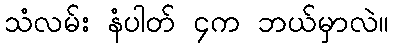
သံလမ်း နံပါတ် ၄က ဘယ်မှာလဲ။